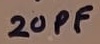
Text: 20PF